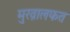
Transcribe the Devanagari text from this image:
मुख़ालफत